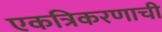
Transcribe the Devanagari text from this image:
एकत्रिकरणाची